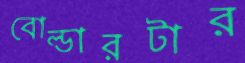
বোল্ডারটার